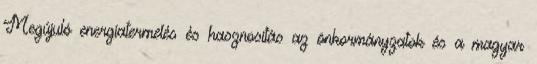
Megújuló energiatermelés és hasznosítás az önkormányzatok és a magyar